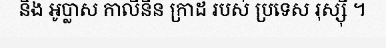
និង អូប្លាស កាលីនីន ក្រាដ របស់ ប្រទេស រុស្ស៊ី ។